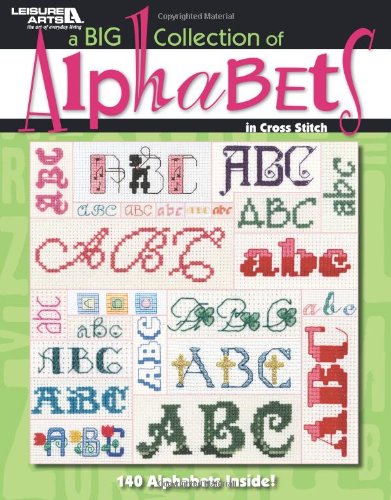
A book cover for A Big Collection of Alphabets  (Leisure Arts #4362); Leisure Arts; Crafts, Hobbies & Home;